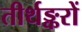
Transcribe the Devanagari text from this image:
तीर्थङ्करों